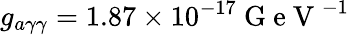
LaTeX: g_{a\gamma\gamma}=1.87\times 10^{-17}\mathrm{~G~e~V~}^{-1}